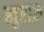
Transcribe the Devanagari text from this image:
खुराक़